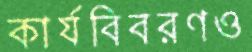
কার্যবিবরণও